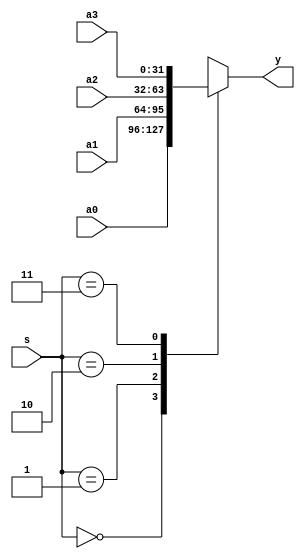
module mux4x32 (a0,a1,a2,a3,s,y);

   input [31:0]  a0,a1,a2,a3;
   input [ 1:0]  s;
   
   output [31:0] y;
   reg [31:0] y;
   always @ *
   case (s)
   
      2'b00: y = a0;
      2'b01: y = a1;
      2'b10: y = a2;
      2'b11: y = a3;
   
   endcase
endmodule